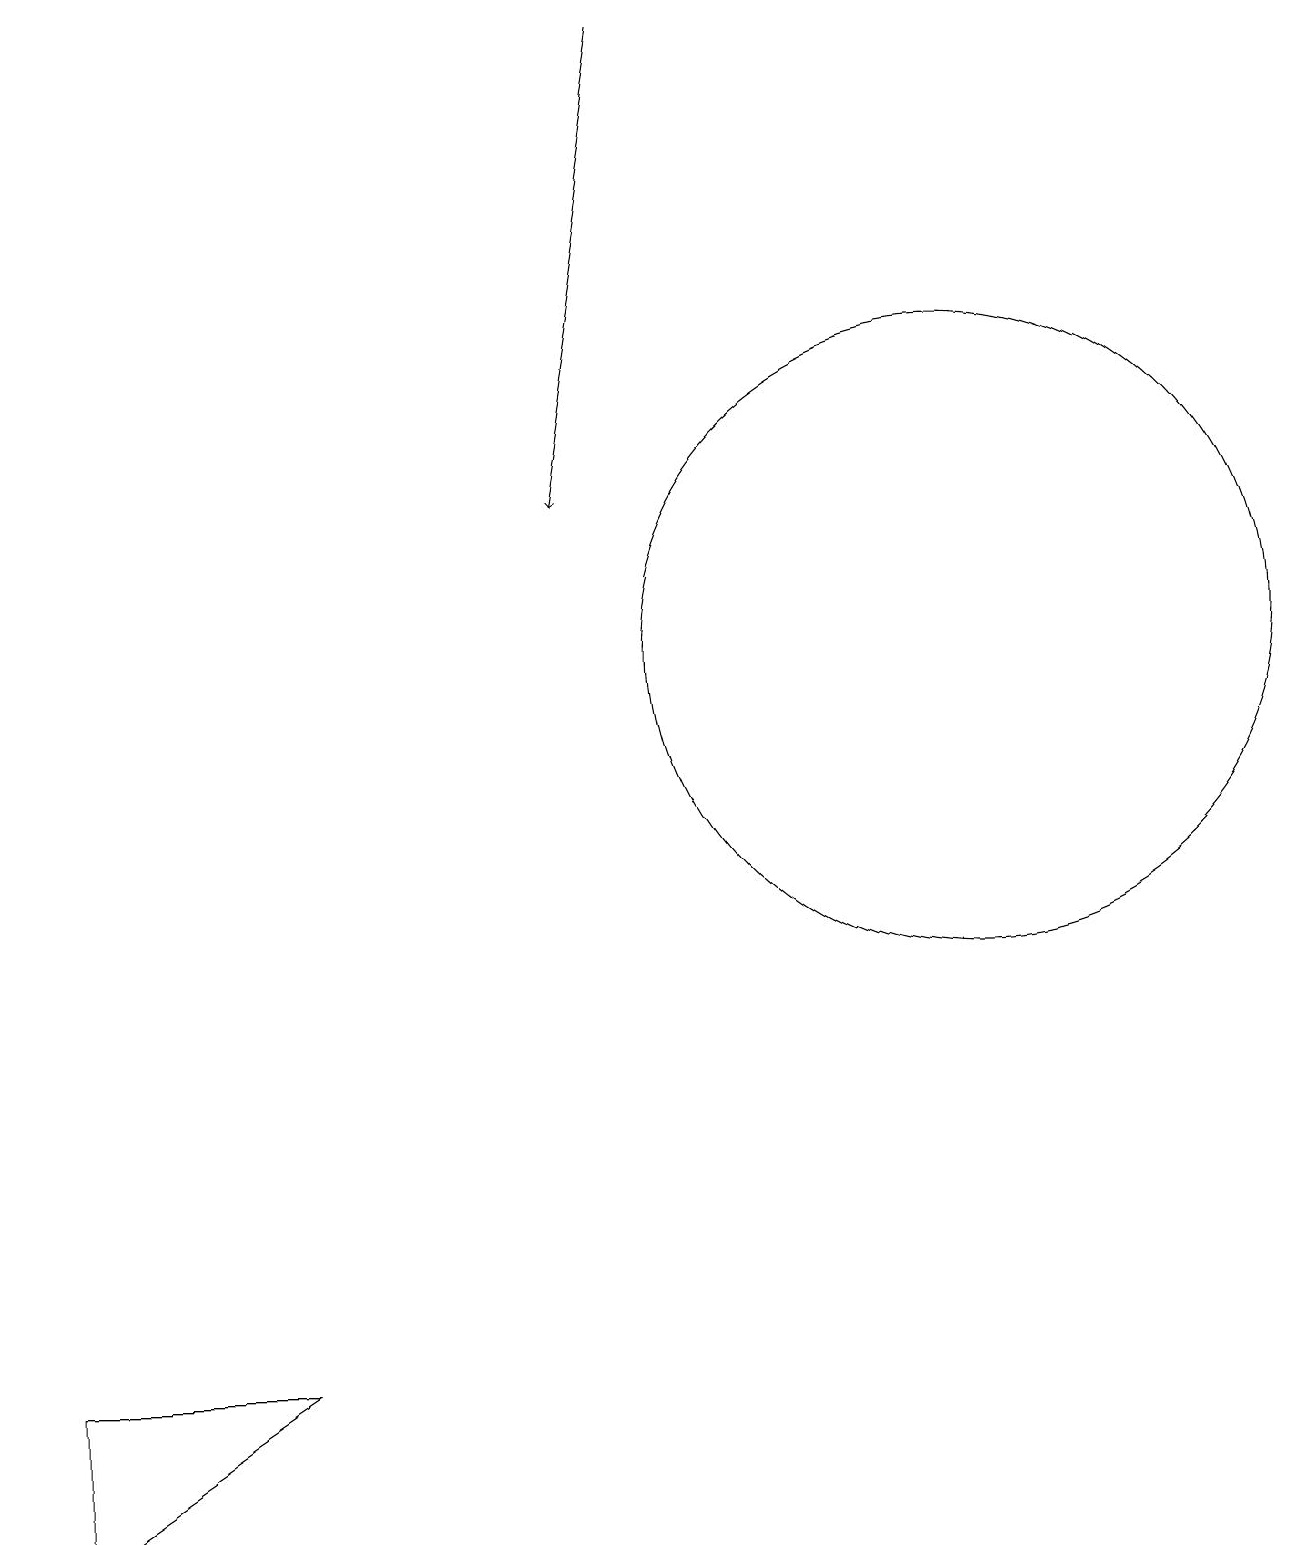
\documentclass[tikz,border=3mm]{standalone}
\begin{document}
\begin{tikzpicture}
\draw (0,2) -- (3,2) -- (0,0) -- cycle;
\draw[->] (8,19) -- (7,13);
\draw (12,11) circle (4);
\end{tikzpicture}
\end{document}